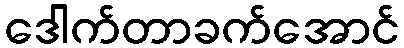
ဒေါက်တာခက်အောင်